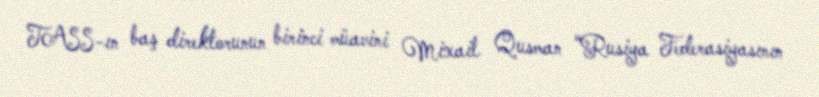
TASS-ın baş direktorunun birinci müavini Mixail Qusman “Rusiya Federasiyasının